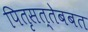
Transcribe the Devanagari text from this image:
पितृसत्तेबबत